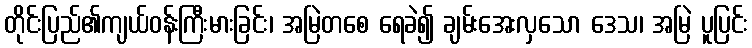
တိုင်းပြည်၏ကျယ်ဝန်းကြီးမားခြင်း၊ အမြဲတစေ ရေခဲ၍ ချမ်းအေးလှသော ဒေသ၊ အမြဲ ပူပြင်း